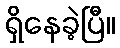
ရှိနေခဲ့ပြီ။